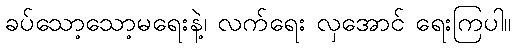
ခပ်သော့သော့မရေးနဲ့၊ လက်ရေး လှအောင် ရေးကြပါ။